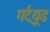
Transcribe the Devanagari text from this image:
गर्ट्‌यूड